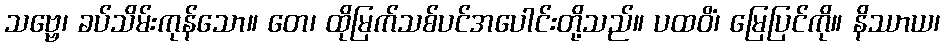
သဗ္ဗေ၊ ခပ်သိမ်းကုန်သော။ တေ၊ ထိုမြက်သစ်ပင်အပေါင်းတို့သည်။ ပထဝိံ၊ မြေပြင်ကို။ နိဿာယ၊